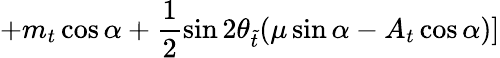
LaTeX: +m_{t}\cos\alpha+\frac{1}{2}\sin 2\theta_{\widetilde{t}}(\mu\sin\alpha-A_{t}\cos\alpha)]